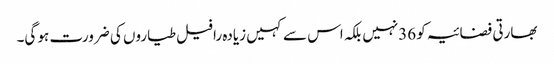
بھارتی فضائیہ کو 36نہیں بلکہ اس سے کہیں زیادہ رافیل طیاروں کی ضرورت ہو گی۔